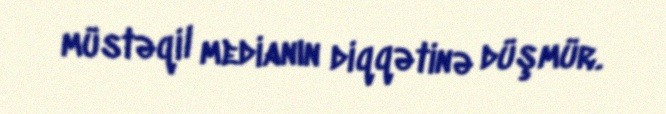
müstəqil medianın diqqətinə düşmür.